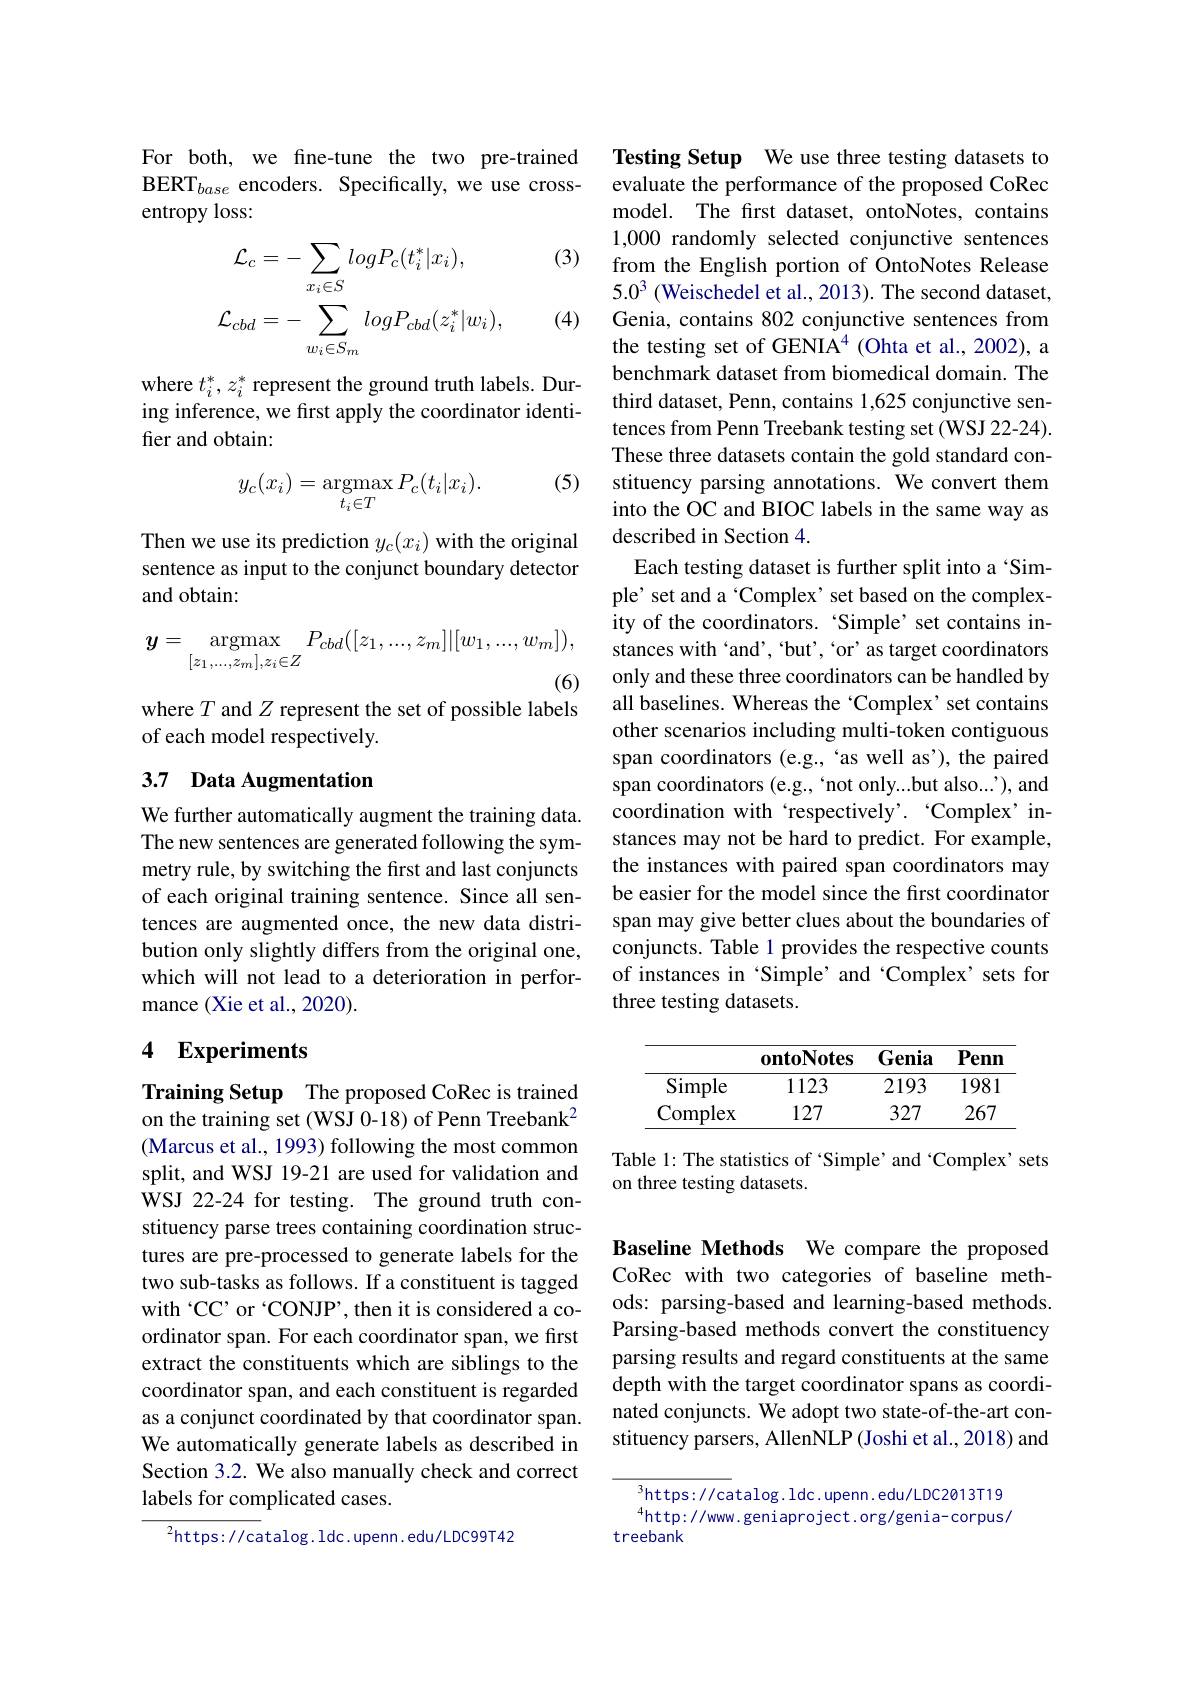
For both, we fine-tune the two pre-trained BERT$_base$ encoders. Specifically, we use crossentropy loss:

(3)
$$\mathcal{L}_{c}=-\sum_{x_{i}\in S}logP_{c}(t_{i}^{*}|x_{i}),\\\mathcal{L}_{cbd}=-\sum_{w_{i}\in S_{m}}logP_{cbd}(z_{i}^{*}|w_{i}),$$
(4)

where $t_i^*,z_i^*$ represent the ground truth labels. During inference, we first apply the coordinator identifier and obtain:

(5)
$$y_c(x_i)=\mathop{\mathrm{argmax}}_{t_i\in T}P_c(t_i|x_i).$$
Then we use its prediction $y_c(x_i)$ with the original sentence as input to the conjunct boundary detector and obtain:
$$\boldsymbol{y}=\underset{[z_1,...,z_m],z_i\in Z}{\mathrm{argmax}}P_{cbd}([z_1,...,z_m]|[w_1,...,w_m]),$$
(6)

where $T$ and $Z$ represent the set of possible labels
of each model respectively.

## 3.7 Data Augmentation

We further automatically augment the training data. The new sentences are generated following the symmetry rule, by switching the first and last conjuncts of each original training sentence. Since all sentences are augmented once, the new data distribution only slightly differs from the original one, which will not lead to a deterioration in performance (Xie et al., 2020).

## 4 Experiments

Training Setup The proposed CoRec is trained on the training set (WSJ 0-18) of Penn Treebank$^{2}$ (Marcus et al., 1993) following the most common split, and WSJ 19-21 are used for validation and WSJ 22-24 for testing. The ground truth constituency parse trees containing coordination structures are pre-processed to generate labels for the two sub-tasks as follows. If a constituent is tagged with‘CC’ or‘CONJP’,then it is considered a coordinator span. For each coordinator span, we first extract the constituents which are siblings to the coordinator span, and each constituent is regarded as a conjunct coordinated by that coordinator span. We automatically generate labels as described in Section 3.2. We also manually check and correct labels for complicated cases.

$^{2}$https://catalog.ldc.upenn.edu/LDC99T42

Testing Setup We use three testing datasets to evaluate the performance of the proposed CoRec model. The first dataset, ontoNotes, contains 1,000 randomly selected conjunctive sentences from the English portion of OntoNotes Release $5.0^3$ (Weischedel et al., 2013). The second dataset, Genia, contains 802 conjunctive sentences from the testing set of GENIA$^{4}$ (Ohta et al., 2002), a benchmark dataset from biomedical domain. The third dataset, Penn, contains 1,625 conjunctive sentences from Penn Treebank testing set (WSJ 22-24). These three datasets contain the gold standard constituency parsing annotations. We convert them into the OC and BIOC labels in the same way as described in Section 4.
Each testing dataset is further split into a‘Simple' set and a‘Complex’ set based on the complexity of the coordinators. ‘Simple’set contains instances with 'and', 'but'' or' as target coordinators only and these three coordinators can be handled by all baselines. Whereas the ‘Complex’ set contains other scenarios including multi-token contiguous span coordinators (e.g., 'as well as'), the paired span coordinators (e.g.,‘not only...but also...'), and coordination with‘respectively’. ‘Complex’instances may not be hard to predict. For example, the instances with paired span coordinators may be easier for the model since the first coordinator span may give better clues about the boundaries of conjuncts. Table 1 provides the respective counts of instances in‘Simple’and‘Complex’sets for three testing datasets.

<table>
	<tbody>
		<tr>
			<th> </th>
			<th>ontoNotes</th>
			<th>Genia</th>
			<th>Penn</th>
		</tr>
		<tr>
			<td>Simple</td>
			<td>1123</td>
			<td>2193</td>
			<td>1981</td>
		</tr>
		<tr>
			<td>Complex</td>
			<td>127</td>
			<td>327</td>
			<td>267</td>
		</tr>
	</tbody>
</table>

Table 1: The statistics of ‘Simple’and ‘Complex’sets
on three testing datasets.

Baseline Methods We compare the proposed CoRec with two categories of baseline methods: parsing-based and learning-based methods. Parsing-based methods convert the constituency parsing results and regard constituents at the same depth with the target coordinator spans as coordinated conjuncts. We adopt two state-of-the-art constituency parsers, AllenNLP(Joshi et al., 2018) and

$^3$https://catalog.ldc.upenn.edu/LDC2013T19 $^{4}$http://www.geniaproject.org/genia-corpus/
treebank